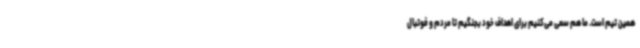
همین تیم است. ما هم سعی می‌کنیم برای اهداف خود بجنگیم تا مردم و فوتبال